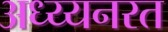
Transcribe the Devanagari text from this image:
अध्य्यनरत